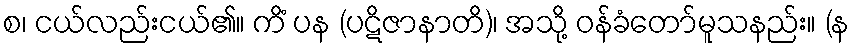
စ၊ ငယ်လည်းငယ်၏။ ကိံ ပန (ပဋိဇာနာတိ)၊ အသို့ ဝန်ခံတော်မူသနည်း။ (န